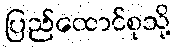
ပြည်ထောင်စုသို့